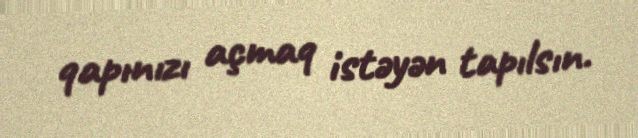
qapınızı açmaq istəyən tapılsın.